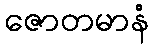
ဇောတမာနံ